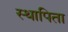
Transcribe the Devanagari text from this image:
स्थापिता